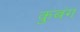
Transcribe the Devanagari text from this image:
कुबंग